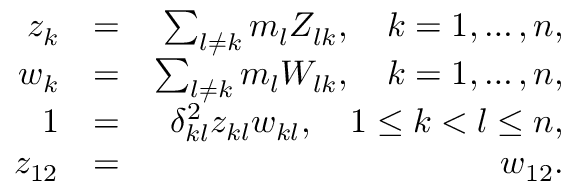
\begin{array} { r l r } { z _ { k } } & { = } & { \sum _ { l \neq k } m _ { l } Z _ { l k } , \quad k = 1 , \ldots , n , } \\ { w _ { k } } & { = } & { \sum _ { l \neq k } m _ { l } W _ { l k } , \quad k = 1 , \ldots , n , } \\ { 1 } & { = } & { \delta _ { k l } ^ { 2 } z _ { k l } w _ { k l } , \quad 1 \leq k < l \leq n , } \\ { z _ { 1 2 } } & { = } & { w _ { 1 2 } . } \end{array}